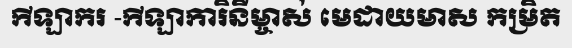
កីឡាករ -កីឡាការិនីម្ចាស់ មេដាយមាស កម្រិត